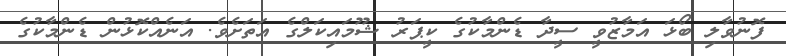
ފޮނުވާލި ބޯޅަ އަމާޒުވީ ސީދާ ޑެންމާކުގެ ކީޕަރު ޝޫމައިކަލްގެ އަތަށެވެ. އަނެއްކޮޅުން ޑެންމާކުގެ